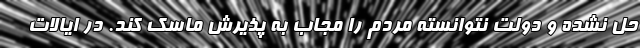
حل نشده و دولت نتوانسته مردم را مجاب به پذیرش ماسک کند. در ایالات